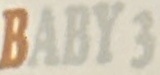
BABY 3